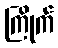
ကြိုက်